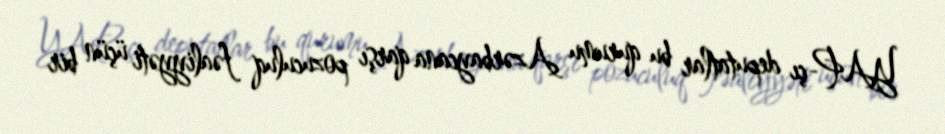
YAP-çı deputatlar bu qurumu Azərbaycana qarşı pozuculuq fəaliyyəti üçün bir